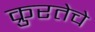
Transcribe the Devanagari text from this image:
क्रुरतेचे